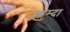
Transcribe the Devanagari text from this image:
आम्दा